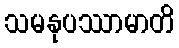
သမနုပဿာမာတိ